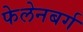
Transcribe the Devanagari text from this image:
फेलेनबर्ग